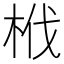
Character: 栰